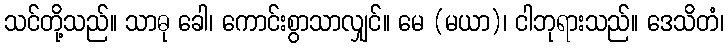
သင်တို့သည်။ သာဓု ခေါ၊ ကောင်းစွာသာလျှင်။ မေ (မယာ)၊ ငါဘုရားသည်။ ဒေသိတံ၊